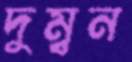
দুম্বন